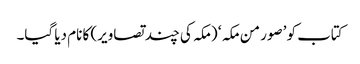
کتاب کو ’صور من مکہ ‘ (مکہ کی چند تصاویر) کا نام دیا گیا۔